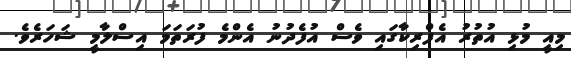
މިއީ މުޅި އުތުރު އެފްރިކާގައި ވެސް އުފެދުނު އެންމެ ފުރަތަމަ އިސްލާމީ ޝަހަރެވެ.